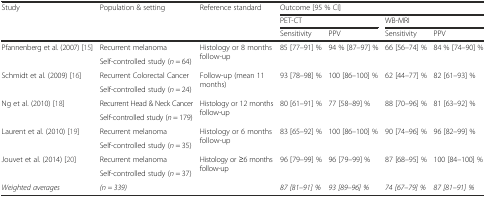
<table><thead><tr><td rowspan="3"><b>Study</b></td><td rowspan="3"><b>Population &amp; setting</b></td><td rowspan="3"><b>Reference standard</b></td><td colspan="4"><b>Outcome [95 % CI]</b></td></tr><tr><td colspan="2"><b>PET-CT</b></td><td colspan="2"><b>WB-MRI</b></td></tr><tr><td><b>Sensitivity</b></td><td><b>PPV</b></td><td><b>Sensitivity</b></td><td><b>PPV</b></td></tr></thead><tbody><tr><td rowspan="2">Pfannenberg et al. (2007) [15]</td><td>Recurrent melanoma</td><td rowspan="2">Histology or 8 months follow-up</td><td rowspan="2">85 [77–91] %</td><td rowspan="2">94 % [87–97] %</td><td rowspan="2">66 [56–74] %</td><td rowspan="2">84 % [74–90] %</td></tr><tr><td>Self-controlled study (<i>n</i> = 64)</td></tr><tr><td rowspan="2">Schmidt et al. (2009) [16]</td><td>Recurrent Colorectal Cancer</td><td rowspan="2">Follow-up (mean 11 months)</td><td rowspan="2">93 [78–98] %</td><td rowspan="2">100 [86–100] %</td><td rowspan="2">62 [44–77] %</td><td rowspan="2">82 [61–93] %</td></tr><tr><td>Self-controlled study (<i>n</i> = 24)</td></tr><tr><td rowspan="2">Ng et al. (2010) [18]</td><td>Recurrent Head &amp; Neck Cancer</td><td rowspan="2">Histology or 12 months follow-up</td><td rowspan="2">80 [61–91] %</td><td rowspan="2">77 [58–89] %</td><td rowspan="2">88 [70–96] %</td><td rowspan="2">81 [63–92] %</td></tr><tr><td>Self-controlled study (<i>n</i> = 179)</td></tr><tr><td rowspan="2">Laurent et al. (2010) [19]</td><td>Recurrent melanoma</td><td rowspan="2">Histology or 6 months follow-up</td><td rowspan="2">83 [65–92] %</td><td rowspan="2">100 [86–100] %</td><td rowspan="2">90 [74–96] %</td><td rowspan="2">96 [82–99] %</td></tr><tr><td>Self-controlled study (<i>n</i> = 35)</td></tr><tr><td rowspan="2">Jouvet et al. (2014) [20]</td><td>Recurrent melanoma</td><td rowspan="2">Histology or ≥6 months follow-up</td><td rowspan="2">96 [79–99] %</td><td rowspan="2">96 [79–99] %</td><td rowspan="2">87 [68–95] %</td><td rowspan="2">100 [84–100] %</td></tr><tr><td>Self-controlled study (<i>n</i> = 37)</td></tr><tr><td><i>Weighted averages</i></td><td><i>(n = 339)</i></td><td></td><td><i>87 [81–91] %</i></td><td><i>93 [89–96] %</i></td><td><i>74 [67–79] %</i></td><td><i>87 [81–91] %</i></td></tr></tbody></table>